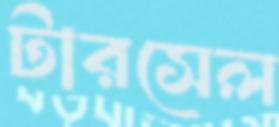
টারসেল